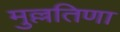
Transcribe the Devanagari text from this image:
मुल्लतिणा